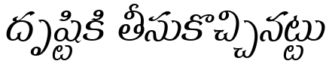
దృష్టికి తీసుకొచ్చినట్టు